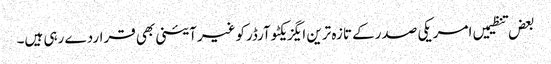
بعض تنظیمیں امریکی صدرکے تازہ ترین ایگزیکٹوآرڈرکوغیرآئینی بھی قراردے رہی ہیں۔